Civil Veterinary Department Bihar reports 1940-50 - 1940-1950
Year: 1940
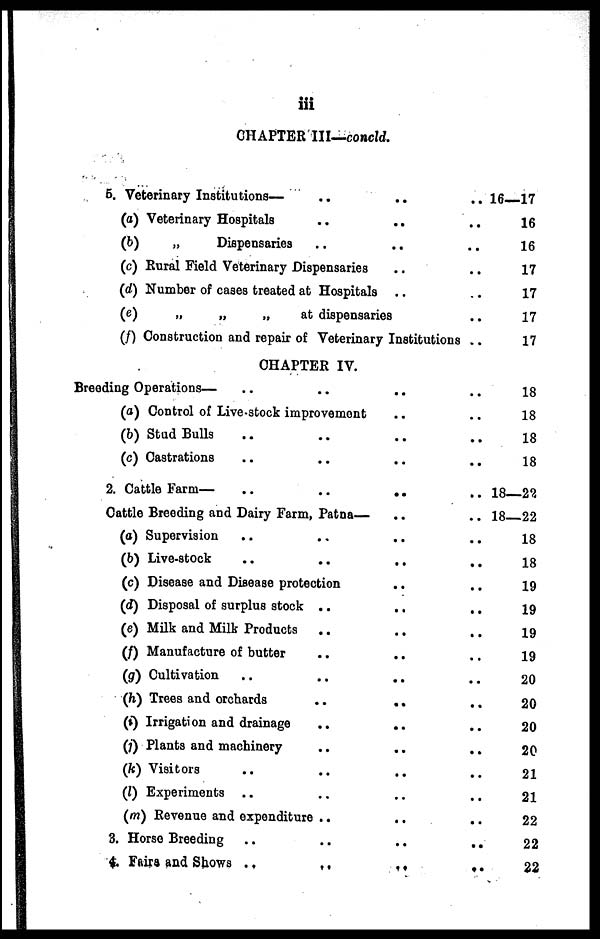
iii
CHAPTER III—concld.
5. Veterinary Institutions—
......
(a) Veterinary Hospitals
......
(b)
„
Dispensaries
......
(c) Rural Field Veterinary
Dispensaries....
(d) Number of cases treated at Hospitals....
(e)
„
„
„
at
dispensaries..
(f) Construction and repair of Veterinary Institutions..
CHAPTER IV.
Breeding Operations—
..
......
(a) Control of Live-stock
improvement....
(b) Stud Bulls
..
......
(c) Castrations
..
......
2. Cattle Farm—
..
..
......
Cattle Breeding and Dairy Farm,
Patna—....
(a) Supervision
..
......
(b) Live-stock
..
......
(c) Disease and Disease
protection....
(d) Disposal of surplus stock
......
(e) Milk and Milk Products
......
(f) Manufacture of butter
......
(g) Cultivation
..
..
......
(h) Trees and orchards
.....
(i) Irrigation and drainage
......
(j) Plants and machinery
..
......
(k) Visitors
..
......
(l) Experiments
..
......
(m) Revenue and expenditure
......
3. Horse Breeding
..
......
4. Fairs and Shows ..
......
16—17
16
16
17
17
17
17
18
18
18
18
18—22
18—22
18
18
19
19
19
19
20
20
20
20
21
21
22
22
22